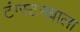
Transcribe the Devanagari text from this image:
टंग्स्टनवाला